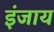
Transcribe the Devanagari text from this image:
इंजाय